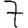
Digit: 7